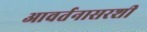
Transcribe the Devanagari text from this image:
आवर्तनासरशी